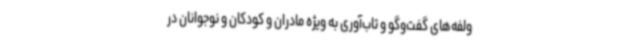
ولفه‌های گفت‌وگو و تاب‌آوری به ویژه مادران و کودکان و نوجوانان در